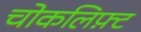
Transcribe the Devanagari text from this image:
चोकलिफ़्ट